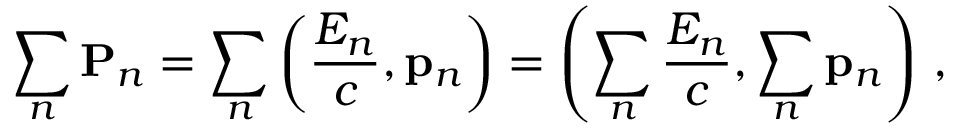
\sum _ { n } \mathbf { P } _ { n } = \sum _ { n } \left( { \frac { E _ { n } } { c } } , \mathbf { p } _ { n } \right) = \left( \sum _ { n } { \frac { E _ { n } } { c } } , \sum _ { n } \mathbf { p } _ { n } \right) \, ,